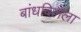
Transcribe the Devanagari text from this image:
बांधविलेला